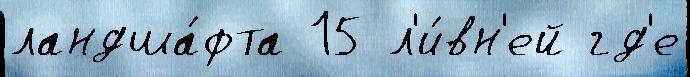
ландша́фта 15 л'и́вн'ей гд'е